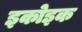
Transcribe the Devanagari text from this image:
इकोइक